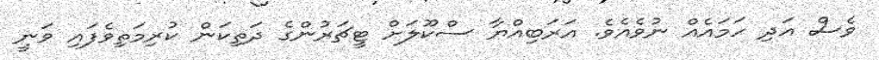
ވެސް އަދި ހަމައެއް ނުވެއެވެ. އަރަބިއްޔާ ސްކޫލަށް ޓީޗަރުންގެ ދަތިކަން ކުރިމަތިވެފައި ވަނީ